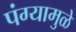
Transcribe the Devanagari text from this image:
पंग्यामुळे